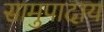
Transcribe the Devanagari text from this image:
सामुपादाय